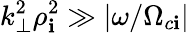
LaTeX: k_{\perp}^{2}\rho_{\mathbf{i}}^{2}\gg\lvert\omega/\Omega_{c\mathbf{i}}\rvert